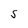
Character: S